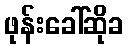
ဖုန်းခေါ်ဆိုခ